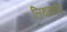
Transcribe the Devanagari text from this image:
लिथाफोन